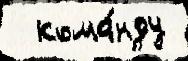
  кома́нду